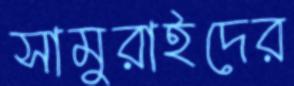
সামুরাইদের